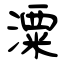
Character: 潥